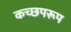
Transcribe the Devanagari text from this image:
कच्छपरूप